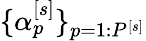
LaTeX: \lbrace\alpha_{p}^{\left[s\right]}\rbrace_{p=1:P^{\left[s\right]}}